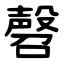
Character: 㲈